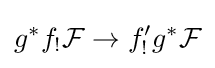
g^{*}f_{!}{\mathcal {F}}\to f'_{!}g^{*}{\mathcal {F}}